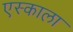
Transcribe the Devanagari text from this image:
एस्काला